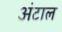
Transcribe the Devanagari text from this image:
अंटाल